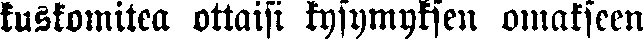
kuskomitea ottaisi kysymyksen omakseen